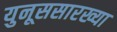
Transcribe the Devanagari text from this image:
युनूससारख्या